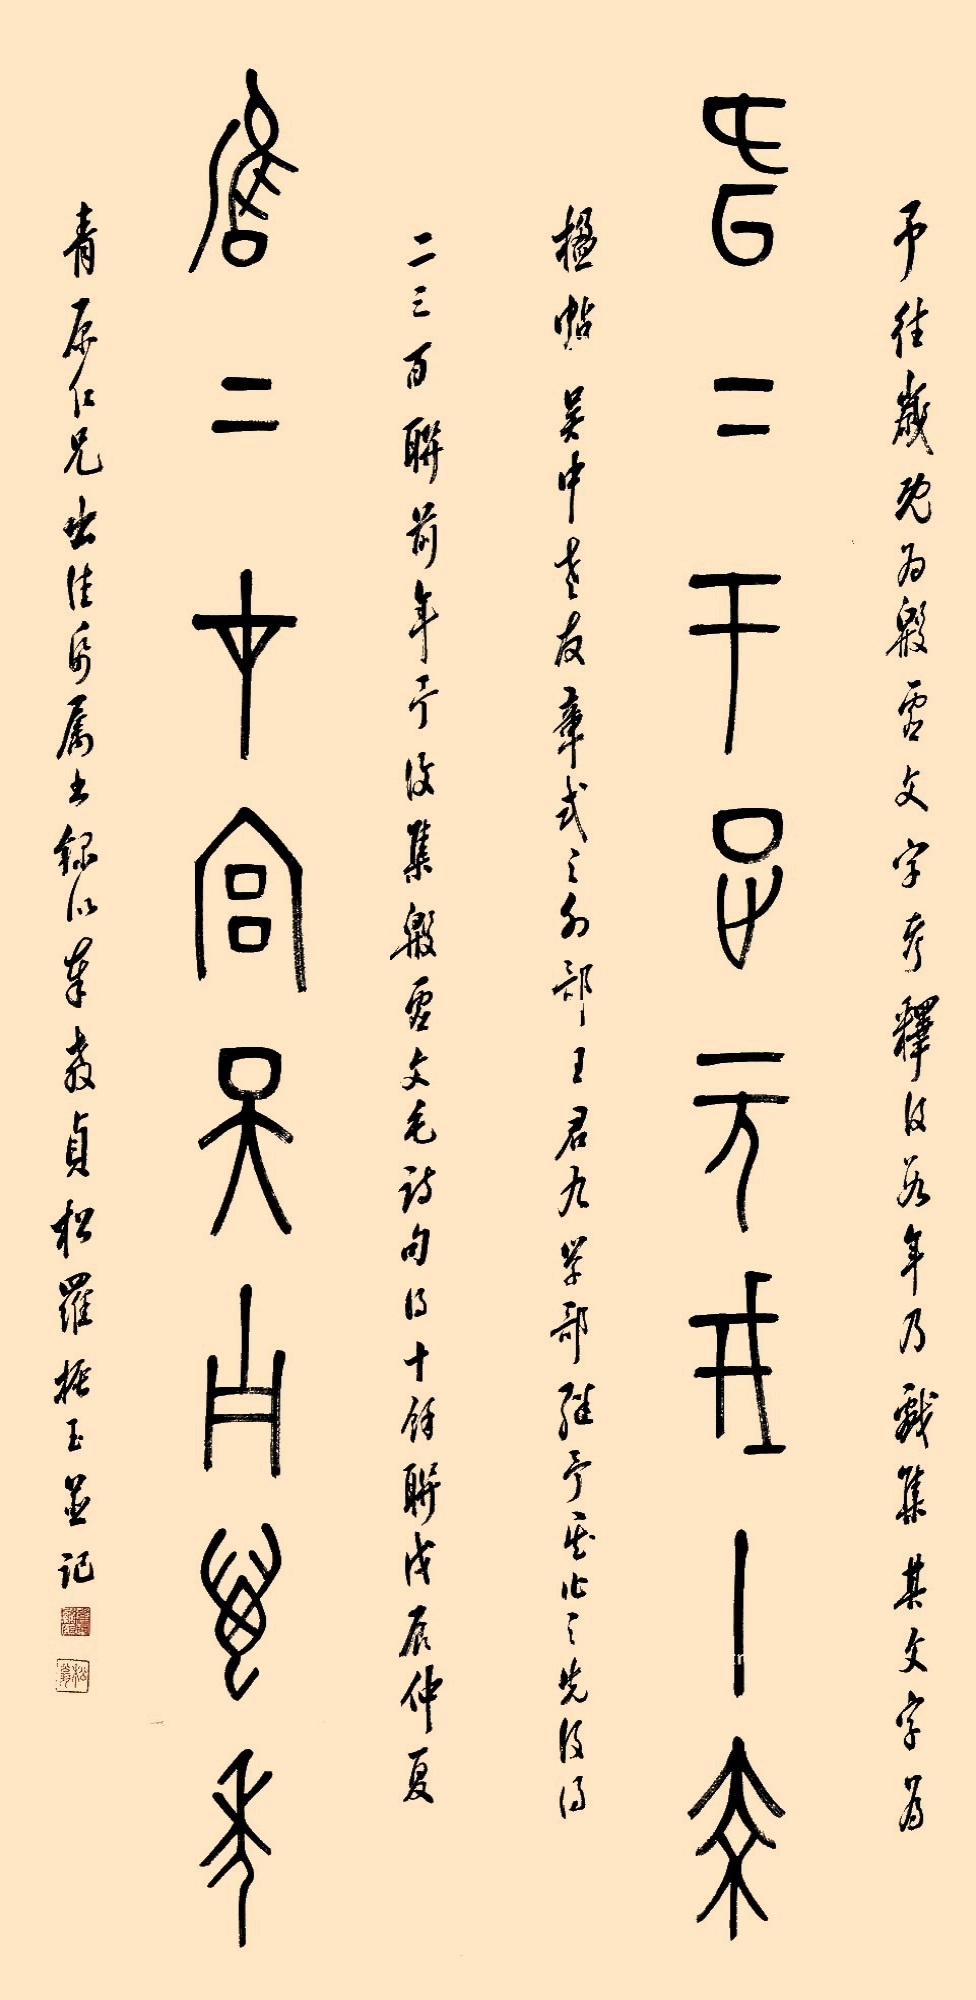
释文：桓桓于征元戎十乘，雍雍在宫天子万年。予往岁既为殷虚文字考释及数年，乃戏集其文字为楹帖。吴中老友章式之外部、王君九学部继予其作之先后，得二三百联。前年予复集殷虚文毛诗句得十余联，戊辰仲夏青原仁兄出佳纸属书，录以奉教。贞松罗振玉并记。